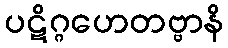
ပဋိဂ္ဂဟေတဗ္ဗာနိ